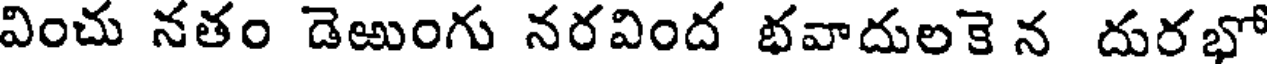
వించు నతం డెఱుంగు నరవింద భవాదులకె న దురభో